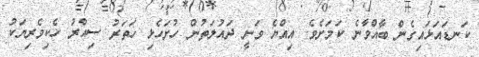
ކަނޑައަޅައިގެން ބާއްވާނެ ކަމަށެވެ. އިއްޔެ ވަނީ ދައުލަތުން ހުށަހެޅި ހަތަރު ސިއްރު ހެކިވެރިޔަކު